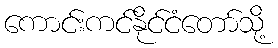
ကောင်းကင်နိုင်ငံတော်သို့